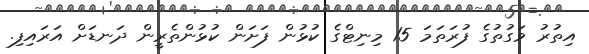
އިތުރު ވަގުތުގެ ފުރަތަމަ 15 މިނިޓްގެ ކުޅުން ފަށަން ކުޅުންތެރީން ދަނޑަށް އަރައިފި.